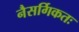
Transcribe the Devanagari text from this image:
नैसर्गिकतः